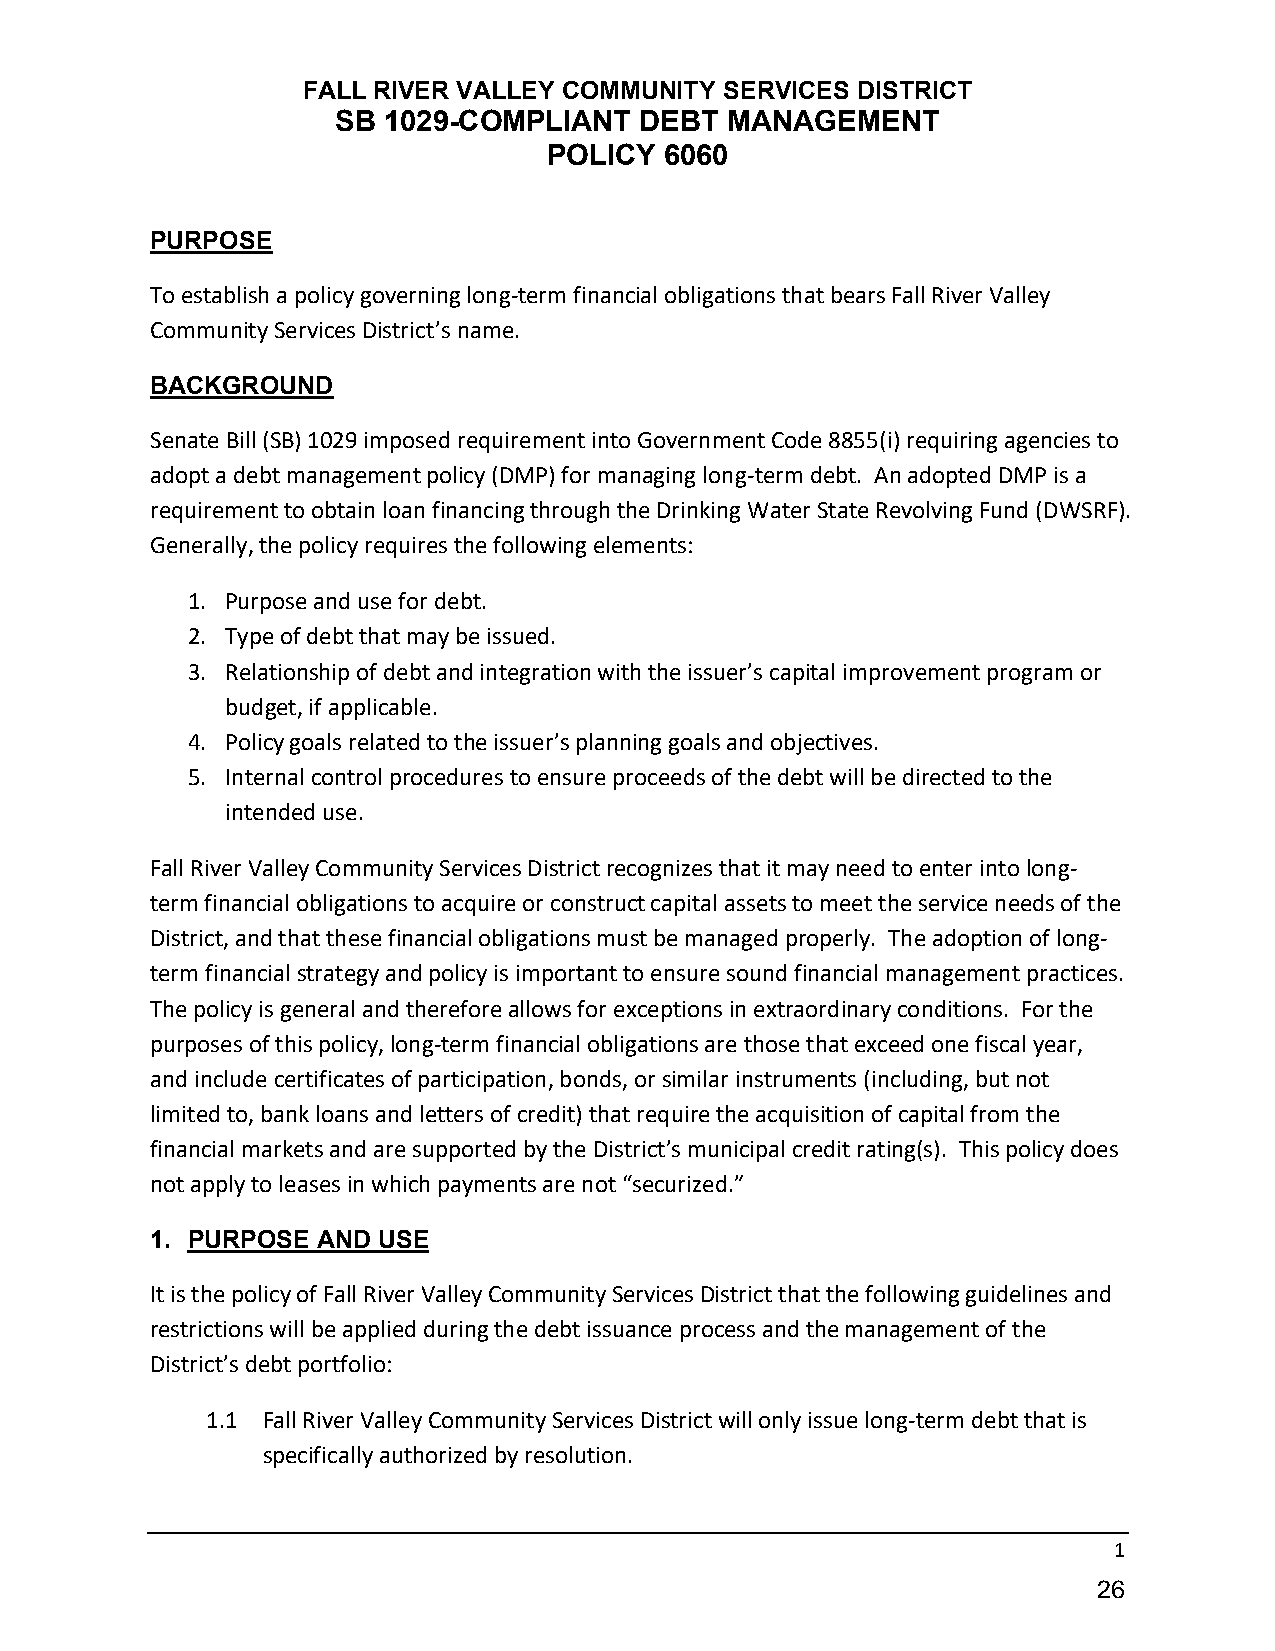
FALL RIVER VALLEY COMMUNITY SERVICES DISTRICT
 SB 1029-COMPLIANT   DEBT  MANAGEMENT
 POLICY  6060
 PURPOSE
 To establish a policy governing long-term financial obligations that bears Fall River Valley
 Community Services District’s name.
 BACKGROUND
 Senate Bill (SB) 1029 imposed requirement into Government Code 8855(i) requiring agencies to
 adopt a debt management policy (DMP) for managing long-term debt. An adopted DMP is a
 requirement to obtain loan financing through the Drinking Water State Revolving Fund (DWSRF).
 Generally, the policy requires the following elements:
 1. Purpose and use for debt.
 2. Type of debt that may be issued.
 3. Relationship of debt and integration with the issuer’s capital improvement program or
 budget, if applicable.
 4. Policy goals related to the issuer’s planning goals and objectives.
 5. Internal control procedures to ensure proceeds of the debt will be directed to the
 intended use.
 Fall River Valley Community Services District recognizes that it may need to enter into long-
 term financial obligations to acquire or construct capital assets to meet the service needs of the
 District, and that these financial obligations must be managed properly. The adoption of long-
 term financial strategy and policy is important to ensure sound financial management practices.
 The policy is general and therefore allows for exceptions in extraordinary conditions. For the
 purposes of this policy, long-term financial obligations are those that exceed one fiscal year,
 and include certificates of participation, bonds, or similar instruments (including, but not
 limited to, bank loans and letters of credit) that require the acquisition of capital from the
 financial markets and are supported by the District’s municipal credit rating(s). This policy does
 not apply to leases in which payments are not “securized.”
 1. PURPOSE AND USE
 It is the policy of Fall River Valley Community Services District that the following guidelines and
 restrictions will be applied during the debt issuance process and the management of the
 District’s debt portfolio:
 1.1 Fall River Valley Community Services District will only issue long-term debt that is
 specifically authorized by resolution.
 1
 26